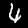
Digit: 4